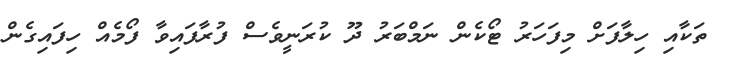
ތަކާއި ހިލާފަށް މިފަހަރު ޓޯކެން ނަމްބަރު ދޫ ކުރަނީވެސް ފުރާފައިވާ ފޯމެއް ހިފައިގެން